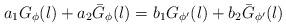
LaTeX: \begin{align*} a_1G_{\phi}(l)+a_2\bar{G}_{\phi}(l)=b_1G_{\phi'}(l)+b_2 \bar{G}_{\phi'}(l)\end{align*}